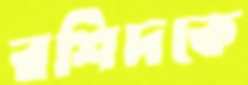
রশিদকে